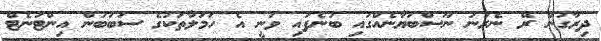
ދިރާގުން ރޭ ނެރުނު ނޫސްބަޔާނެއްގައި ބުނެފައި ވަނީ އެ ހަމަލާތަކުގެ ސަބަބުން އިންޓަނެޓް